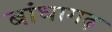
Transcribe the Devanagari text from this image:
बांधागढ़